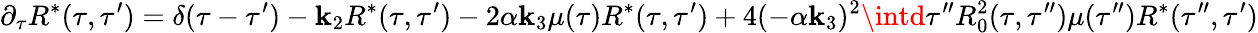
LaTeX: \partial_{\tau}R^{*}(\tau,\tau^{\prime})=\delta(\tau-\tau^{\prime})-\mathbf{k}_{2}R^{*}(\tau,\tau^{\prime})-2\alpha\mathbf{k}_{3}\mu(\tau)R^{*}(\tau,\tau^{\prime})+4(-\alpha\mathbf{k}_{3})^{2}\intd\tau^{\prime\prime}R_{0}^{2}(\tau,\tau^{\prime\prime})\mu(\tau^{\prime\prime})R^{*}(\tau^{\prime\prime},\tau^{\prime})